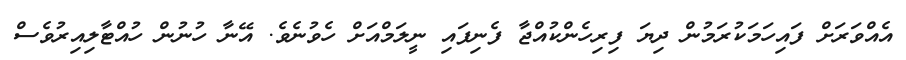
އެއްވަރަށް ފައިހަމަކުރަމުން ދިޔަ ފިރިހެންކުއްޖާ ފެނިފައި ނީލަމްއަށް ހެވުނެވެ. އޭނާ ހުނުން ހުއްޓާލިއިރުވެސް